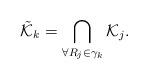
LaTeX: \begin{align*}\mathcal{\tilde{K}}_k=\bigcap_{\forall R_j \in \gamma_k} \mathcal{K}_j.\end{align*}